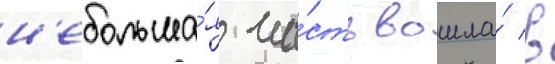
н'ебольша́я ча́сть вошла́ в